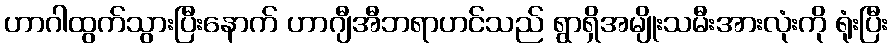
ဟာဂါထွက်သွားပြီးနောက် ဟာဂျီအီဘရာဟင်သည် ရွာရှိအမျိုးသမီးအားလုံးကို ရုံးပြီး